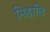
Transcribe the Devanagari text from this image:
मिहालि